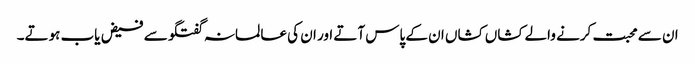
ان سے محبت کرنے والے کشاں کشاں ان کے پاس آتے اور ان کی عالمانہ گفتگو سے فیض یاب ہوتے۔